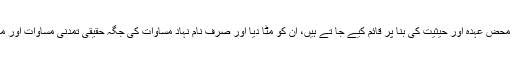
اسلام نے وہ تمام فرق جو محض عہدہ اور حیثیت کی بنا پر قائم کیے جا تے ہیں، ان کو مٹا دیا اور صرف نام نہاد مساوات کی جگہ حقیقی تمدنی مساوات اور معاشی انصاف قائم کیا ہے۔